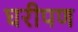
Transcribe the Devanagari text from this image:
घरीपण